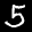
Label: 5